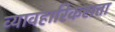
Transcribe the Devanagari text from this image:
व्यावहारिकसत्ता